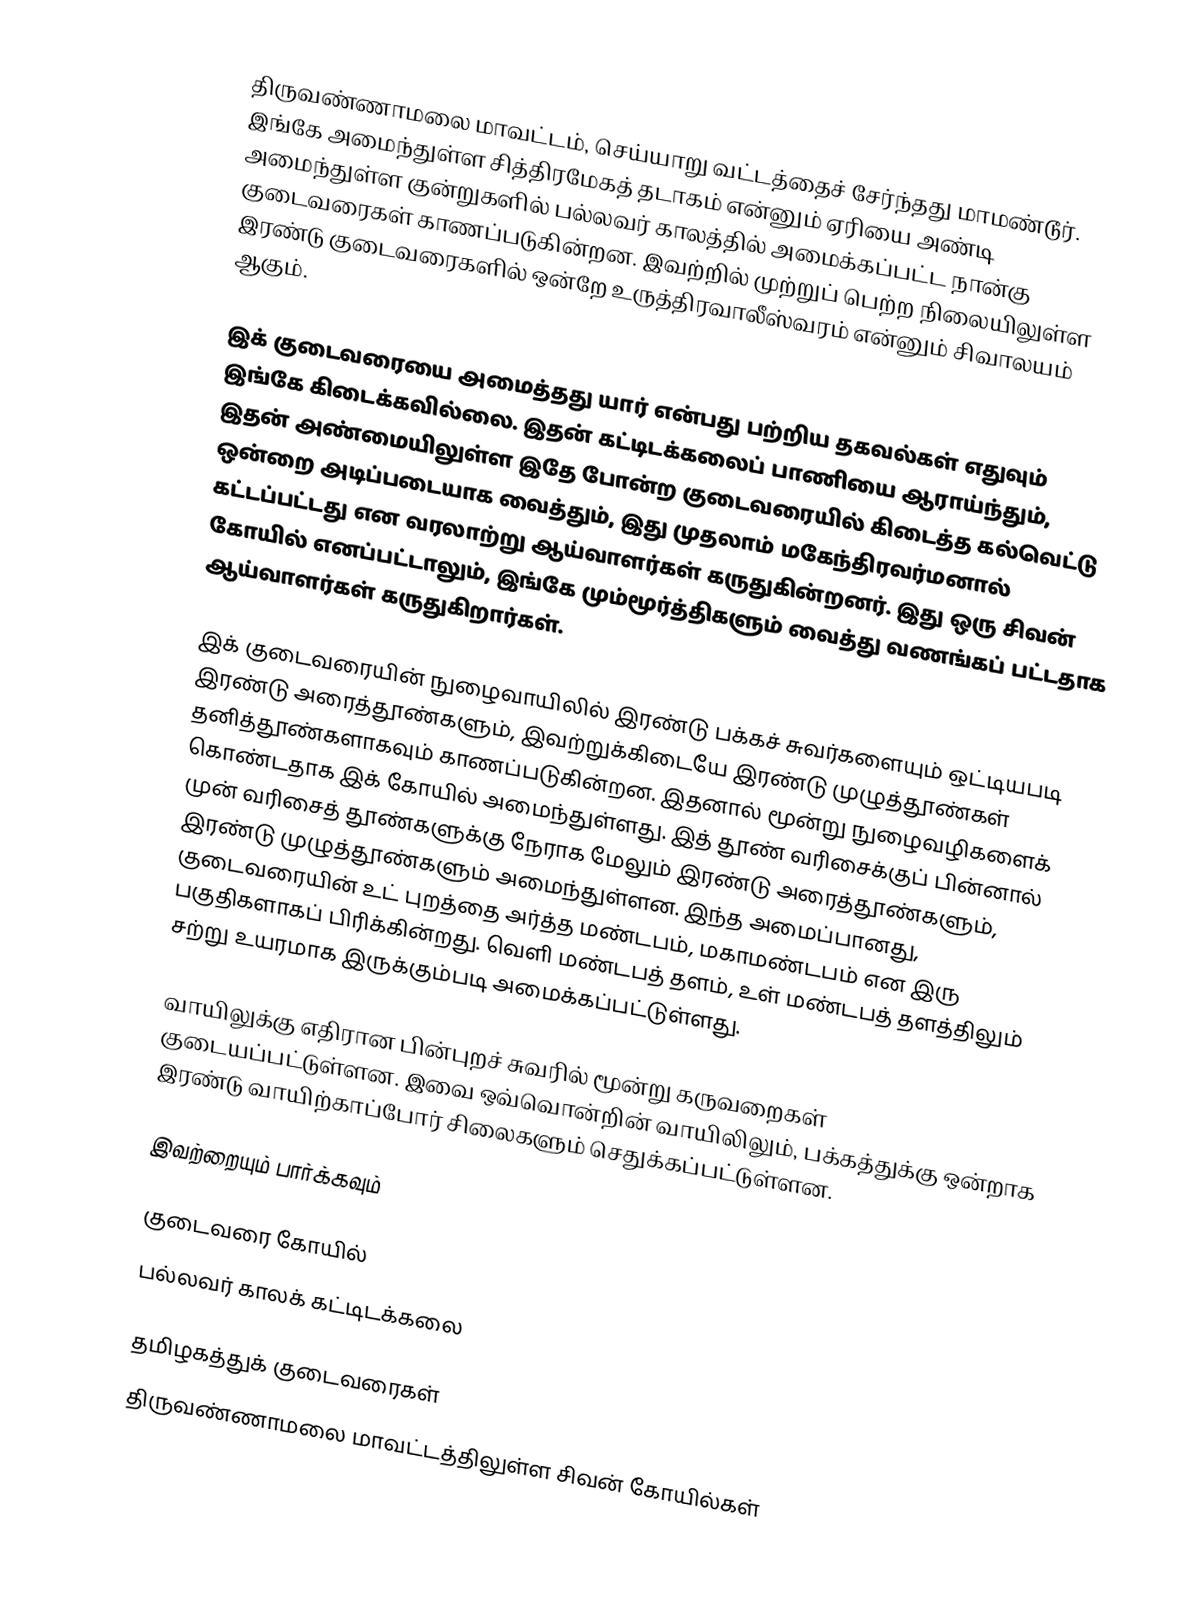
திருவண்ணாமலை மாவட்டம், செய்யாறு வட்டத்தைச் சேர்ந்தது மாமண்டூர். இங்கே அமைந்துள்ள சித்திரமேகத் தடாகம் என்னும் ஏரியை அண்டி அமைந்துள்ள குன்றுகளில் பல்லவர் காலத்தில் அமைக்கப்பட்ட நான்கு குடைவரைகள் காணப்படுகின்றன. இவற்றில் முற்றுப் பெற்ற நிலையிலுள்ள இரண்டு குடைவரைகளில் ஒன்றே உருத்திரவாலீஸ்வரம் என்னும் சிவாலயம் ஆகும்.

இக் குடைவரையை அமைத்தது யார் என்பது பற்றிய தகவல்கள் எதுவும் இங்கே கிடைக்கவில்லை. இதன் கட்டிடக்கலைப் பாணியை ஆராய்ந்தும், இதன் அண்மையிலுள்ள இதே போன்ற குடைவரையில் கிடைத்த கல்வெட்டு ஒன்றை அடிப்படையாக வைத்தும், இது முதலாம் மகேந்திரவர்மனால் கட்டப்பட்டது என வரலாற்று ஆய்வாளர்கள் கருதுகின்றனர். இது ஒரு சிவன் கோயில் எனப்பட்டாலும், இங்கே மும்மூர்த்திகளும் வைத்து வணங்கப் பட்டதாக ஆய்வாளர்கள் கருதுகிறார்கள்.

இக் குடைவரையின் நுழைவாயிலில் இரண்டு பக்கச் சுவர்களையும் ஒட்டியபடி இரண்டு அரைத்தூண்களும், இவற்றுக்கிடையே இரண்டு முழுத்தூண்கள் தனித்தூண்களாகவும் காணப்படுகின்றன. இதனால் மூன்று நுழைவழிகளைக் கொண்டதாக இக் கோயில் அமைந்துள்ளது. இத் தூண் வரிசைக்குப் பின்னால் முன் வரிசைத் தூண்களுக்கு நேராக மேலும் இரண்டு அரைத்தூண்களும், இரண்டு முழுத்தூண்களும் அமைந்துள்ளன. இந்த அமைப்பானது, குடைவரையின் உட் புறத்தை அர்த்த மண்டபம், மகாமண்டபம் என இரு பகுதிகளாகப் பிரிக்கின்றது. வெளி மண்டபத் தளம், உள் மண்டபத் தளத்திலும் சற்று உயரமாக இருக்கும்படி அமைக்கப்பட்டுள்ளது.

வாயிலுக்கு எதிரான பின்புறச் சுவரில் மூன்று கருவறைகள் குடையப்பட்டுள்ளன. இவை ஒவ்வொன்றின் வாயிலிலும், பக்கத்துக்கு ஒன்றாக இரண்டு வாயிற்காப்போர் சிலைகளும் செதுக்கப்பட்டுள்ளன.

இவற்றையும் பார்க்கவும்

 குடைவரை கோயில்
 பல்லவர் காலக் கட்டிடக்கலை

தமிழகத்துக் குடைவரைகள்
திருவண்ணாமலை மாவட்டத்திலுள்ள சிவன் கோயில்கள்